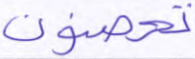
تحصنون